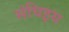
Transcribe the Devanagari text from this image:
संघिइय